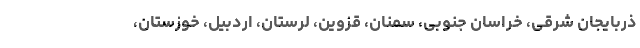
ذربایجان شرقی، خراسان جنوبی، سمنان، قزوین، لرستان، اردبیل، خوزستان،